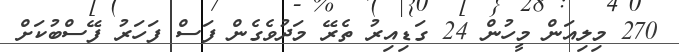
270 މިލިއަން މީހުން 24 ގަޑިއިރު ތެރޭ މަދުވެގެން ފަސް ފަހަރު ފޭސްބުކަށް